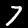
Digit: 7